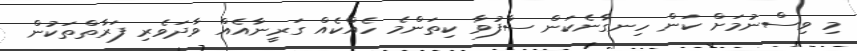
މި ވިސްނުމަށް ކަން ހިނގާނެކަން ސާފުވާ ކިތަންމެ ހެއްކެއް ގަރީނާއެއް ވާދަވެރި ފަރާތްތަކުން